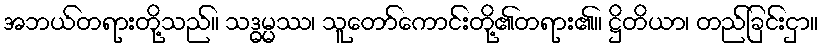
အဘယ်တရားတို့သည်။ သဒ္ဓမ္မဿ၊ သူတော်ကောင်းတို့၏တရား၏။ ဋ္ဌိတိယာ၊ တည်ခြင်းငှာ။